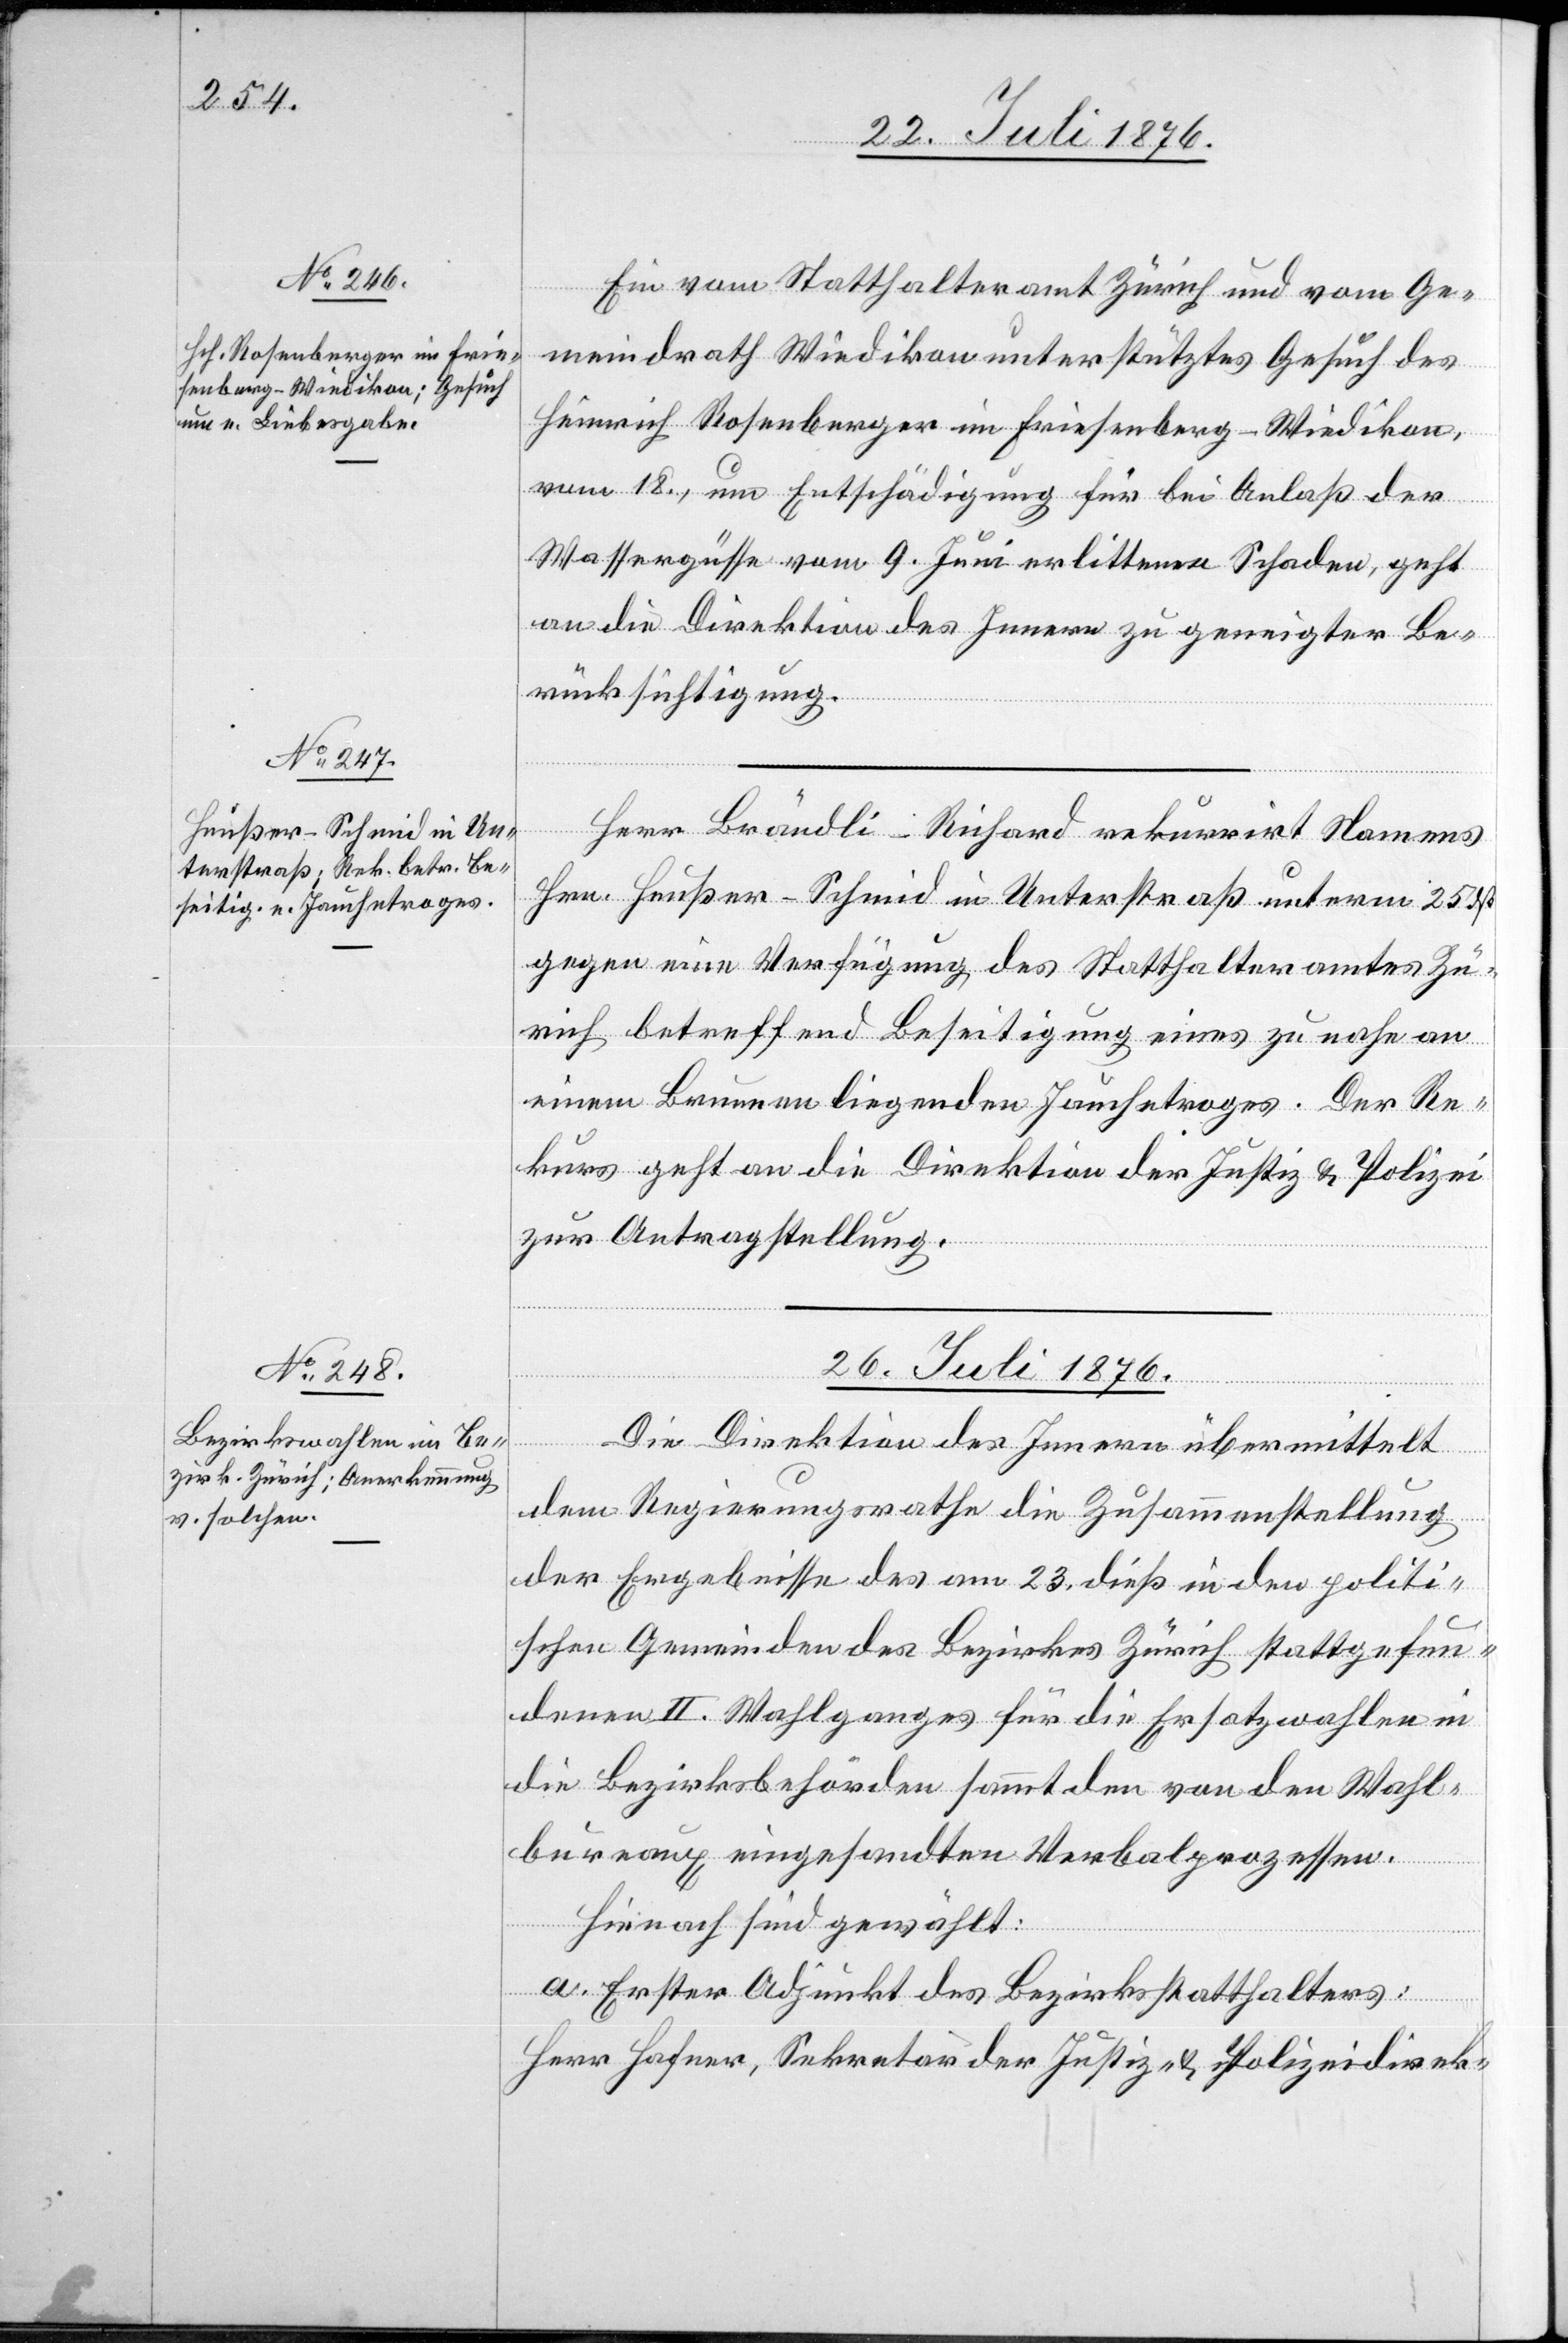
Ein vom Statthalteramt Zürich und vom Ge¬
meindrath Wiedikon unterstütztes Gesuch des
Heinrich Rosenberger im Friesenberg - Wiedikon,
vom 18., um Entschädigung für bei Anlaß der
Wassergüsse vom 9. Juni erlittenen Schaden, geht
an die Direktion des Innern zur geneigter Be¬
rücksichtigung.
Herr Brändli-Richard rekurrirt Namens
Hrn. Heußer-Schmid in Unterstraß unterm 25.
gegen eine Verfügung des Statthalteramtes Zü¬
rich betreffend Beseitigung eines zu nahe an
einem Brunnen liegenden Jauchetroges. Der Re¬
kurs geht an die Direktion der Justiz & Polizei
zur Antragstellung.
26. Juli 1876.
Die Direktion des Innern übermittelt
dem Regierungsrathe die Zusammenstellung
der Ergebnisse des vom 23. dieß in den politi¬
schen Gemeinden des Bezirkes Zürich stattgefun¬
denen II. Wahlganges für die Ersatzwahlen in
die Bezirksbehörden sammt den von den Wahl¬
bureaux eingesandten Verbalprozessen.
Hienach sind gewählt:
a. Erster Adjunkt des Bezirksstatthalters:
Herr Hafner, Sekretär der Justiz- & Polizeidirek-